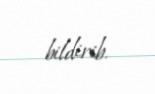
bildirib.